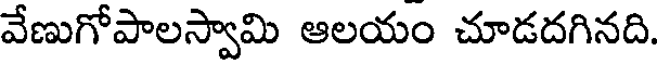
వేణుగోపాలస్వామి ఆలయం చూడదగినది.